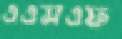
এএসএফ